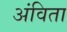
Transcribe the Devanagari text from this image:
अंविता